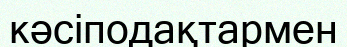
кәсіподақтармен